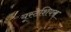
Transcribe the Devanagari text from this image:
यूस्टेशियस